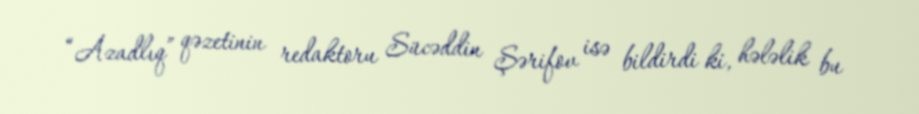
“Azadlıq” qəzetinin redaktoru Sücəddin Şərifov isə bildirdi ki, hələlik bu